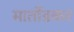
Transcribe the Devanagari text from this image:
मार्तोंडकर